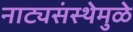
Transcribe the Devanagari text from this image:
नाट्यसंस्थेमुळे